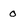
Character: o